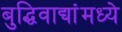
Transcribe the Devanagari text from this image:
बुद्धिवाद्यांंमध्ये